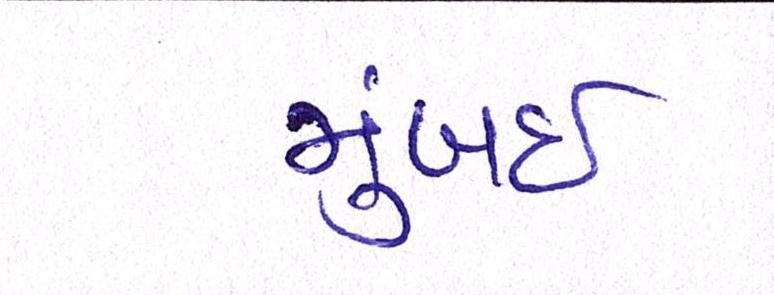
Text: મુંબઇઃ